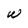
Character: W